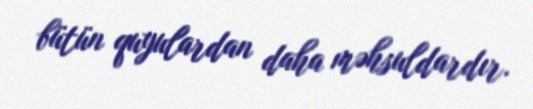
bütün quyulardan daha məhsuldardır.